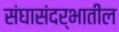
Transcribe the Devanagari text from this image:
संघासंदर्भातील